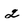
Character: 2